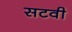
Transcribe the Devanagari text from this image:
सटवी